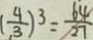
( \frac { 4 } { 3 } ) ^ { 3 } = \frac { 6 4 } { 2 7 }